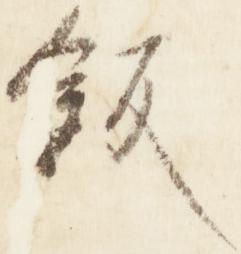
飯